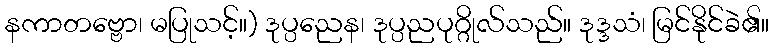
နကာတဗ္ဗော၊ မပြုသင့်။) ဒုပ္ပညေန၊ ဒုပ္ပညပုဂ္ဂိုလ်သည်။ ဒုဒ္ဒသံ၊ မြင်နိုင်ခဲ၏။